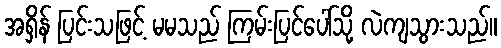
အရှိန် ပြင်းသဖြင့် မမသည် ကြမ်းပြင်ပေါ်သို့ လဲကျသွားသည်။